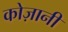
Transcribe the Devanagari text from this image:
कोज़ानी